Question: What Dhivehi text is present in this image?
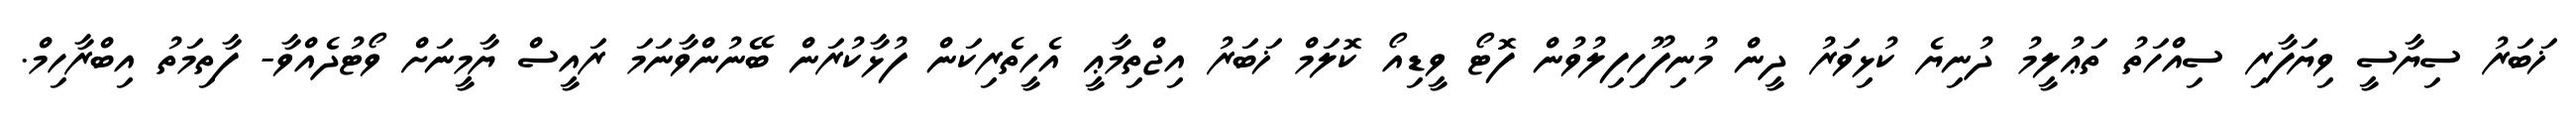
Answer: ޚަބަރު ސިޔާސީ ވިޔަފާރި ސިއްހަތު ތަޢުލީމު ދުނިޔެ ކުޅިވަރު ދީން މުނިފޫހިފިލުވުން ފޮޓޯ ވީޑިއޯ ކޮލަމް ޚަބަރު އިޖްތިމާޢީ އެހީތެރިކަން ފުޅާކުރަން ބޭނުންވާނަމަ ރައީސް ޔާމީނަށް ވޯޓުދެއްވާ- ފާތިމަތު އިބްރާހިމް.